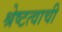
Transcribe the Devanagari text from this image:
श्रेष्टत्वाची